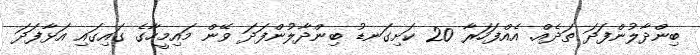
ބިންދާލުންފަދަ ތަދެއް. އެއްފަހަރާ 20 ކަށިގަނޑު ބިންދާލުންފަދަ ވޭން މައިމީހާގެ ގައިގައި އަޅާފަދަ